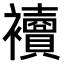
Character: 𧟅